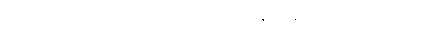
ဆရာမလေးက ရိုးရိုးသားသားပင် နှုတ်ဆက် ပြုံးပြသည်။